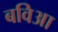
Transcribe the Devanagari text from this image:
बविआ